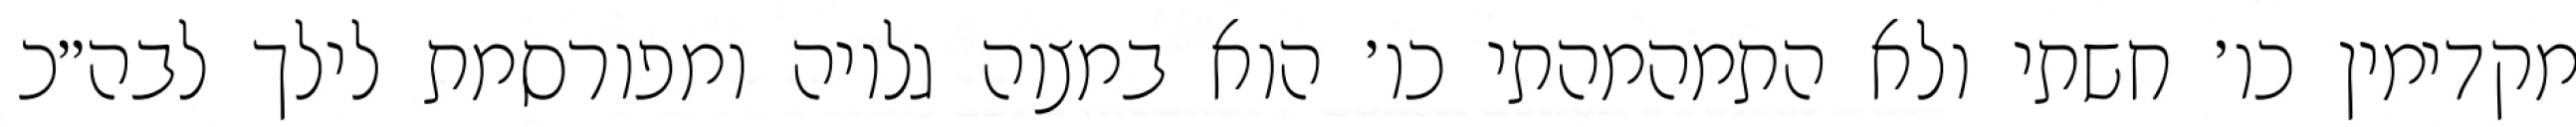
מקדימין כו׳ חשתי ולא התמהמהתי כו׳ הוא במצוה גלויה ומפורסמת לילך לבה״כ